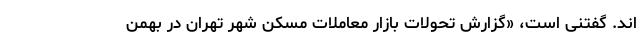
اند. گفتنی است، «گزارش تحولات بازار معاملات مسکن شهر تهران در بهمن